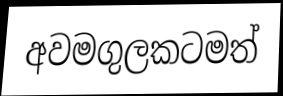
අවමගුලකටමත්